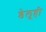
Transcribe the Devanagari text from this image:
डेलूही